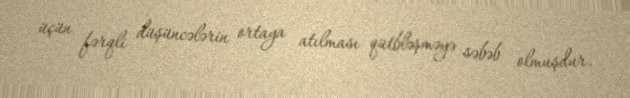
üçün fərqli düşüncələrin ortaya atılması qütbləşməyə səbəb olmuşdur.